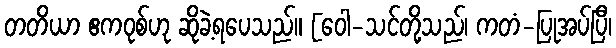
တတိယာ ဧကဝုစ်ဟု ဆိုခဲ့ရပေသည်။ [ဝေါ-သင်တို့သည်၊ ကတံ-ပြုအပ်ပြီ၊